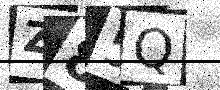
Text: Z85Q